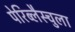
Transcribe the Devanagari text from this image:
पेरिब्लैस्चुला